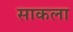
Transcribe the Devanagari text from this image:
साकला